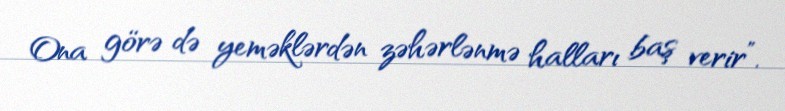
Ona görə də yeməklərdən zəhərlənmə halları baş verir”.